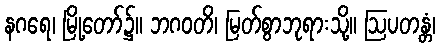
နဂရေ၊ မြို့တော်၌။ ဘဂဝတိ၊ မြတ်စွာဘုရားသို့။ ဩပတန္တံ၊